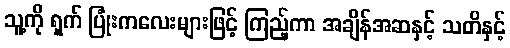
သူ့ကို ရှက် ပြုံးကလေးများဖြင့် ကြည့်ကာ အချိန်အဆနှင့် သတိနှင့်